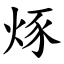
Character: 烼